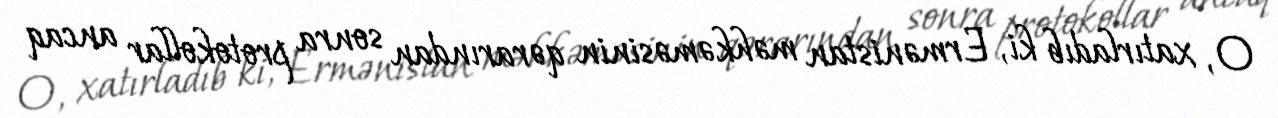
O, xatırladıb ki, Ermənistan məhkəməsinin qərarından sonra protokollar ancaq